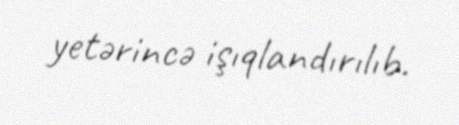
yetərincə işıqlandırılıb.